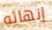
إنهائه